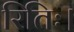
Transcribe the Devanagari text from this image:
रितिः।